Annual administration report of the Civil Veterinary Department of India - 1902-1903
Year: 1902
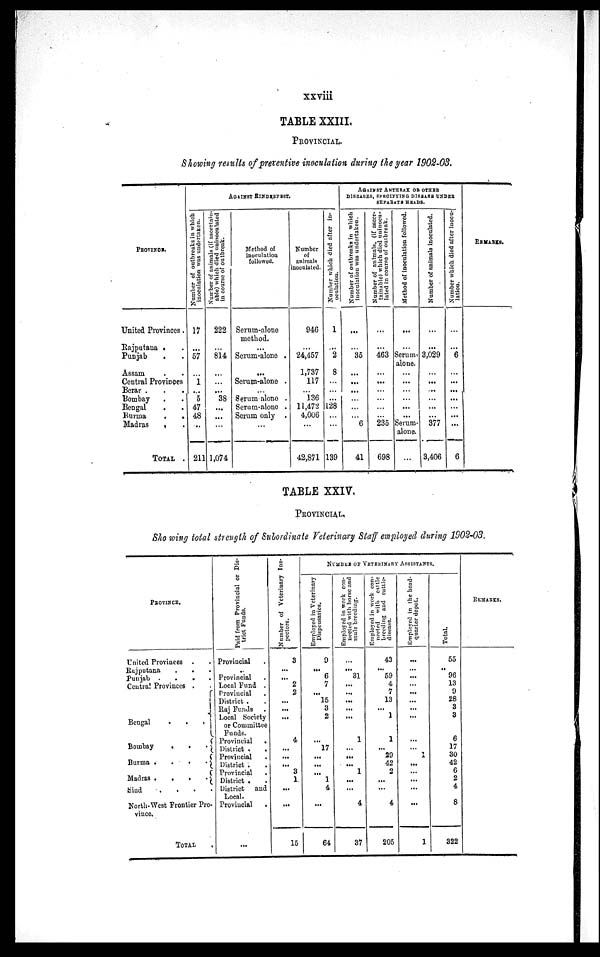
xxviii
TABLE XXIII.
PROVINCIAL.
Showing results of preventive inoculation during the year 1902-03.
PROVINCE.
United Provinces.
Rajputana . .
Punjab . .
Assam . .
Central Provinces
Berar . . .
Bombay . .
Bengal . .
Burma
.
.
Madras . .
TOTAL .
AGAINST RINDERPEST.
Number of outbreaks in which
inoculation was undertaken.
17
...
57
...
1
...
5
47
48
..
211
Number of animals (if ascertain-
able) which died uninoculated
in course of outbreak.
222
...
814
...
...
...
38
...
...
...
1,074
Method of
inoculation
followed.
Serum-alone
method.
...
Serum-alone .
...
Serum-alone .
Serum alone .
Serum-alone .
Serum only .
...
Number
of
animals
inoculated.
946
...
24,457
1,737
117
136
11,472
4,006
...
42,871
Number which died after in-
oculation.
1
...
2
8
...
...
128
...
...
139
AGAINST ANTHRAX OR OTHER
DISEASES, SPECIFYING DISEASE UNDER
SEPARATH HEADS.
Number of outbreaks in which
inoculation
was undertaken.
...
...
35
...
...
...
...
...
6
41
Number of animals, (if ascer-
tainable) which died uninocu-
lated in course of outbreak.
...
...
463
...
...
...
...
...
235
698
Method of inoculation followed.
...
...
Serum
alone.
...
...
...
...
...
Serum-
alone.
...
Number of animals inoculated.
...
...
3,029
...
...
...
...
...
377
3,406
Number which died after inocu-
lation.
...
...
6
6
REMARKS.
TABLE XXIV.
PROVINCIAL.
Showing total strength of Subordinate Veterinary Staff employed during 1902-03.
PROVINCE.
United Provinces . .
Rajputana
.
. .
Punjab .
.
.
.
Central Provinces . .
Bengal
.
.
.
Bombay
.
.
.
Burma .
.
.
.
Madras .
.
.
.
Sind
.
.
.
.
North-West Frontier Pro-
vince.
TOTAL .
Paid from Provincial or Dis-
trict Funds.
Provincial
..
Provincial
Local Fund .
Provincial
District . .
Raj Funds
Local Society
or Committee
Funds.
Provincial
.
District . .
Provincial
District .
.
Provincial
District .
.
District and
Local.
Provincial
.
...
Number of Veterinary Ins-
pectors.
3
...
...
2
2
...
...
...
4
...
...
...
3
1
...
...
15
NUMBER OF VETERINARY ASSISTANTS.
Employed in Veterinary
Dispensaries.
9
...
6
7
...
15
3
2
...
17
...
...
...
1
4
...
64
Employed in work con-
nected with horse and
mule breeding.
...
...
31
...
...
...
...
...
1
...
...
...
1
...
...
4
37
Employed in work con-
nected with cattle
breeding and cattle-
disease.
43
...
59
4
7
13
...
1
1
...
29
42
2
...
...
4
205
Employed in the head-
quarter depot.
...
...
...
...
...
...
...
...
...
...
1
...
...
...
...
...
1
Total.
55
..
96
13
9
28
3
3
6
17
30
42
6
2
4
8
322
REMARKS.